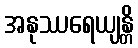
အနုဿရေယျန္တိ